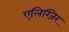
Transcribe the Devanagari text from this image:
एलिग्जिर